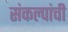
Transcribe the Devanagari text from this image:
संकल्पांची